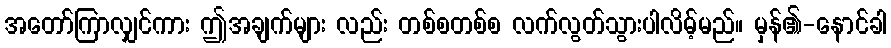
အတော်ကြာလျှင်ကား ဤအချက်များ လည်း တစ်စတစ်စ လက်လွတ်သွားပါလိမ့်မည်။ မှန်၏-နောင်ခါ